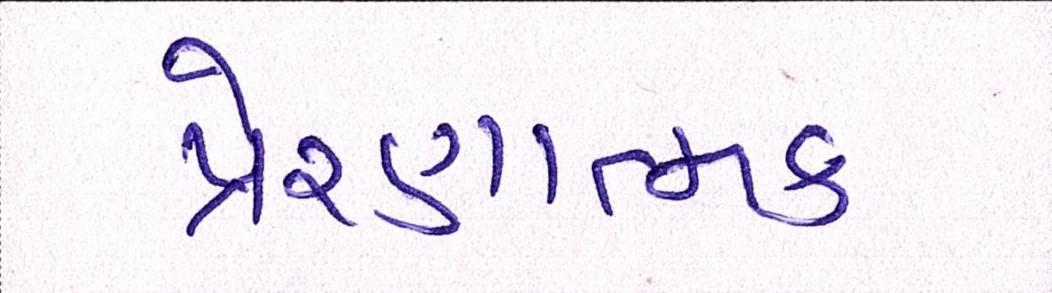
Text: પ્રેરણાત્મક